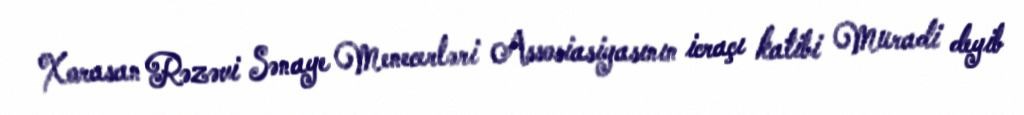
Xorasan Rəzəvi Sənaye Menecerləri Assosiasiyasının icraçı katibi Muradi deyib